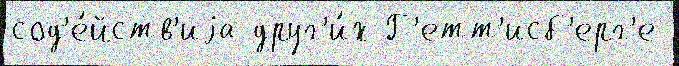
сод'е́йств'иjа друг'и́х Г'етт'исб'ерг'е